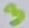
Text: 3